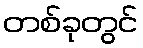
တစ်ခုတွင်